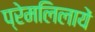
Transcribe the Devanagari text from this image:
प्रेमलिलायें